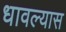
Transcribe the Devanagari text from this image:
धावल्यास